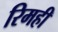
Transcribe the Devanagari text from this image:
रिमही